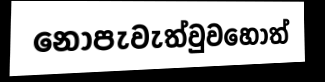
නොපැවැත්වුවහොත්